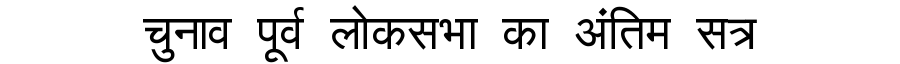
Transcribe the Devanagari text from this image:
चुनाव पूर्व लोकसभा का अंतिम सत्र